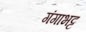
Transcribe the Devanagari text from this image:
गंगाभट्ट